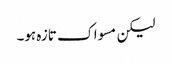
لیکن مسواک تازہ ہو۔